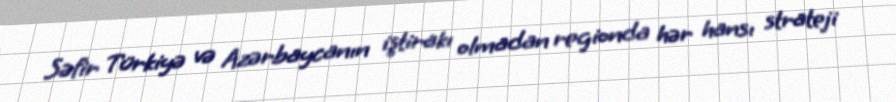
Səfir Türkiyə və Azərbaycanın iştirakı olmadan regionda hər hansı strateji